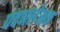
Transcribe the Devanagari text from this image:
पवनलेखक